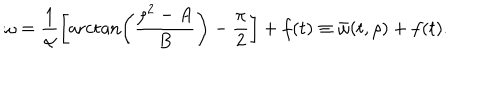
\omega = \frac { 1 } { \alpha } \left[ \operatorname { a r c t a n } \left( \frac { \rho ^ { 2 } - A } { B } \right) - \frac { \pi } { 2 } \right] + f ( t ) \equiv \bar { \omega } ( t , \rho ) + f ( t ) .